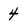
Character: 4